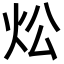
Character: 炂